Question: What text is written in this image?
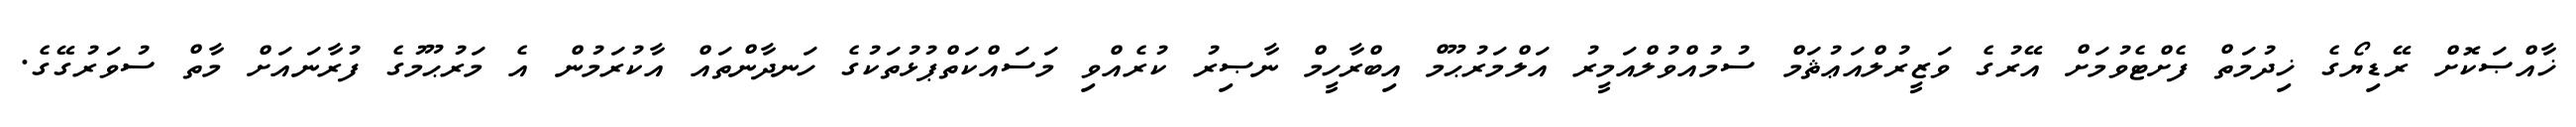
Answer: ޚާއްޞަކޮށް ރޭޑިޔޯގެ ޚިދުމަތް ފެށްޓެވުމަށް އޭރުގެ ވަޒީރުލްއަޢުޘަމް ސުމުއްވުލްއަމީރު އަލްމަރުޙޫމް އިބްރާހީމް ނާޞިރު ކުރެއްވި މަސައްކަތްޕުޅުތަކުގެ ހަނދާންތައް އާކުރަމުން އެ މަރުޙޫމުގެ ފުރާނައަށް މާތް ސުވަރުގޭގެ.